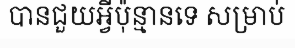
បានជួយអ្វីប៉ុន្មានទេ សម្រាប់